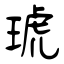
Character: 琥